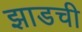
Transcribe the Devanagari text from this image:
झाडची